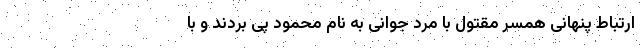
ارتباط پنهانی همسر مقتول با مرد جوانی به نام محمود پی بردند و با